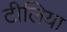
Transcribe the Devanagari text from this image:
टीलिया